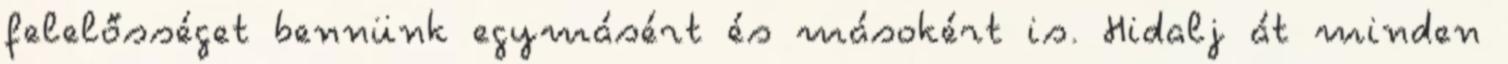
felelősséget bennünk egymásért és másokért is. Hidalj át minden